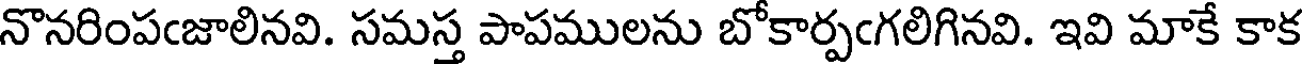
నొనరింపఁజాలినవి. సమస్త పాపములను బోకార్పఁగలిగినవి. ఇవి మాకే కాక